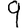
Digit: 9